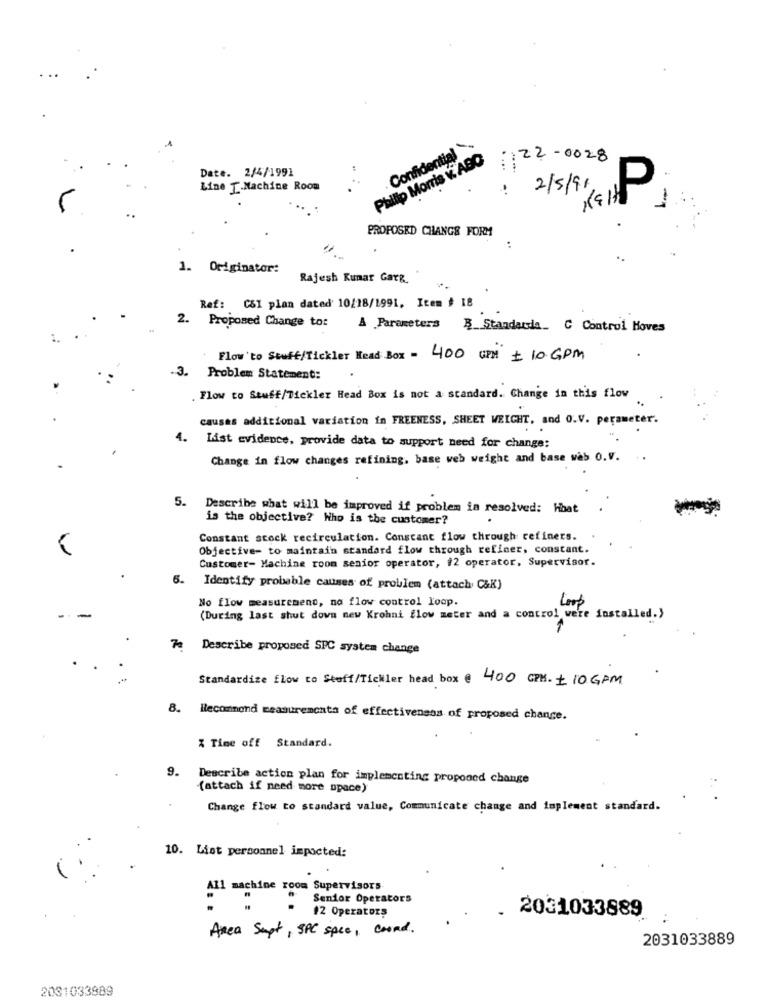
Confidential
Philip Morris v. ABC
:122-0028
Date. 2/4/1991
Line T.Machine Room
: 2/5/91
P
-
PROPOSED CHANGE FORM
1. Originator:
Rajesh Kunar Garg.
Ref: CSI plan dated' 10/18/1991, Item # 18
2. Proposed Change tor
A Parameters B_Standardia_ C Control Hoves
1.
Flow 'to Stuff/Tickler Head Box = 400 GPH + 10 GPM
. Problem Statement:
Flow to Stuff/Tickler Head Box is not a standard. Change in this flow
causas additional variation in FREENESS, SHEET WEIGHT, and O.V. perameter.
4.
List evidence, provide data to support need for change:
Change in flow changes refining, base web weight and base was O.V. ..
5. Describe what will be improved if problem is resolved: Hbat
-
is the objective? Who is the customer?
Constant stock recirculation. Conscant flow through refiners.
Objective- to maintain standard flow through refiner, constant.
Customer- Machine room senior operator, #2 operator, Supervisor.
6.
Identify probable causes of problem (attach C&K)
No flow measurement, no flow control loop.
Loop
(During last shut down new Krohni flow meter and a control were installed.>
:Describe proposed SPC system change
Standardize flow to Stuff/Tickler head box @ 400 CPM. + 10 GPM
8.
Recommond measurements of effectiveness of proposed change.
% Time off Standard.
9. Describe action plan for implementing proposed change
(attach if need more space)
Change flow to standard value, Communicate change and implement standard.
10. List personnel impacted:
All machine room Supervisors
Senior Operators
#2 Operators
2031033889
Area Sept, SPC spce, cound.
2031033889
2031033889